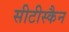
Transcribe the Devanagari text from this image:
सीटीस्कैन